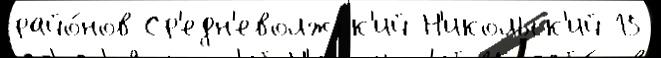
райо́нов Ср'едн'еволжск'ий Н'икольск'ий 15